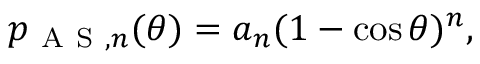
p _ { \mathrm { ~ A ~ S ~ } , n } ( \theta ) = a _ { n } ( 1 - \cos \theta ) ^ { n } ,